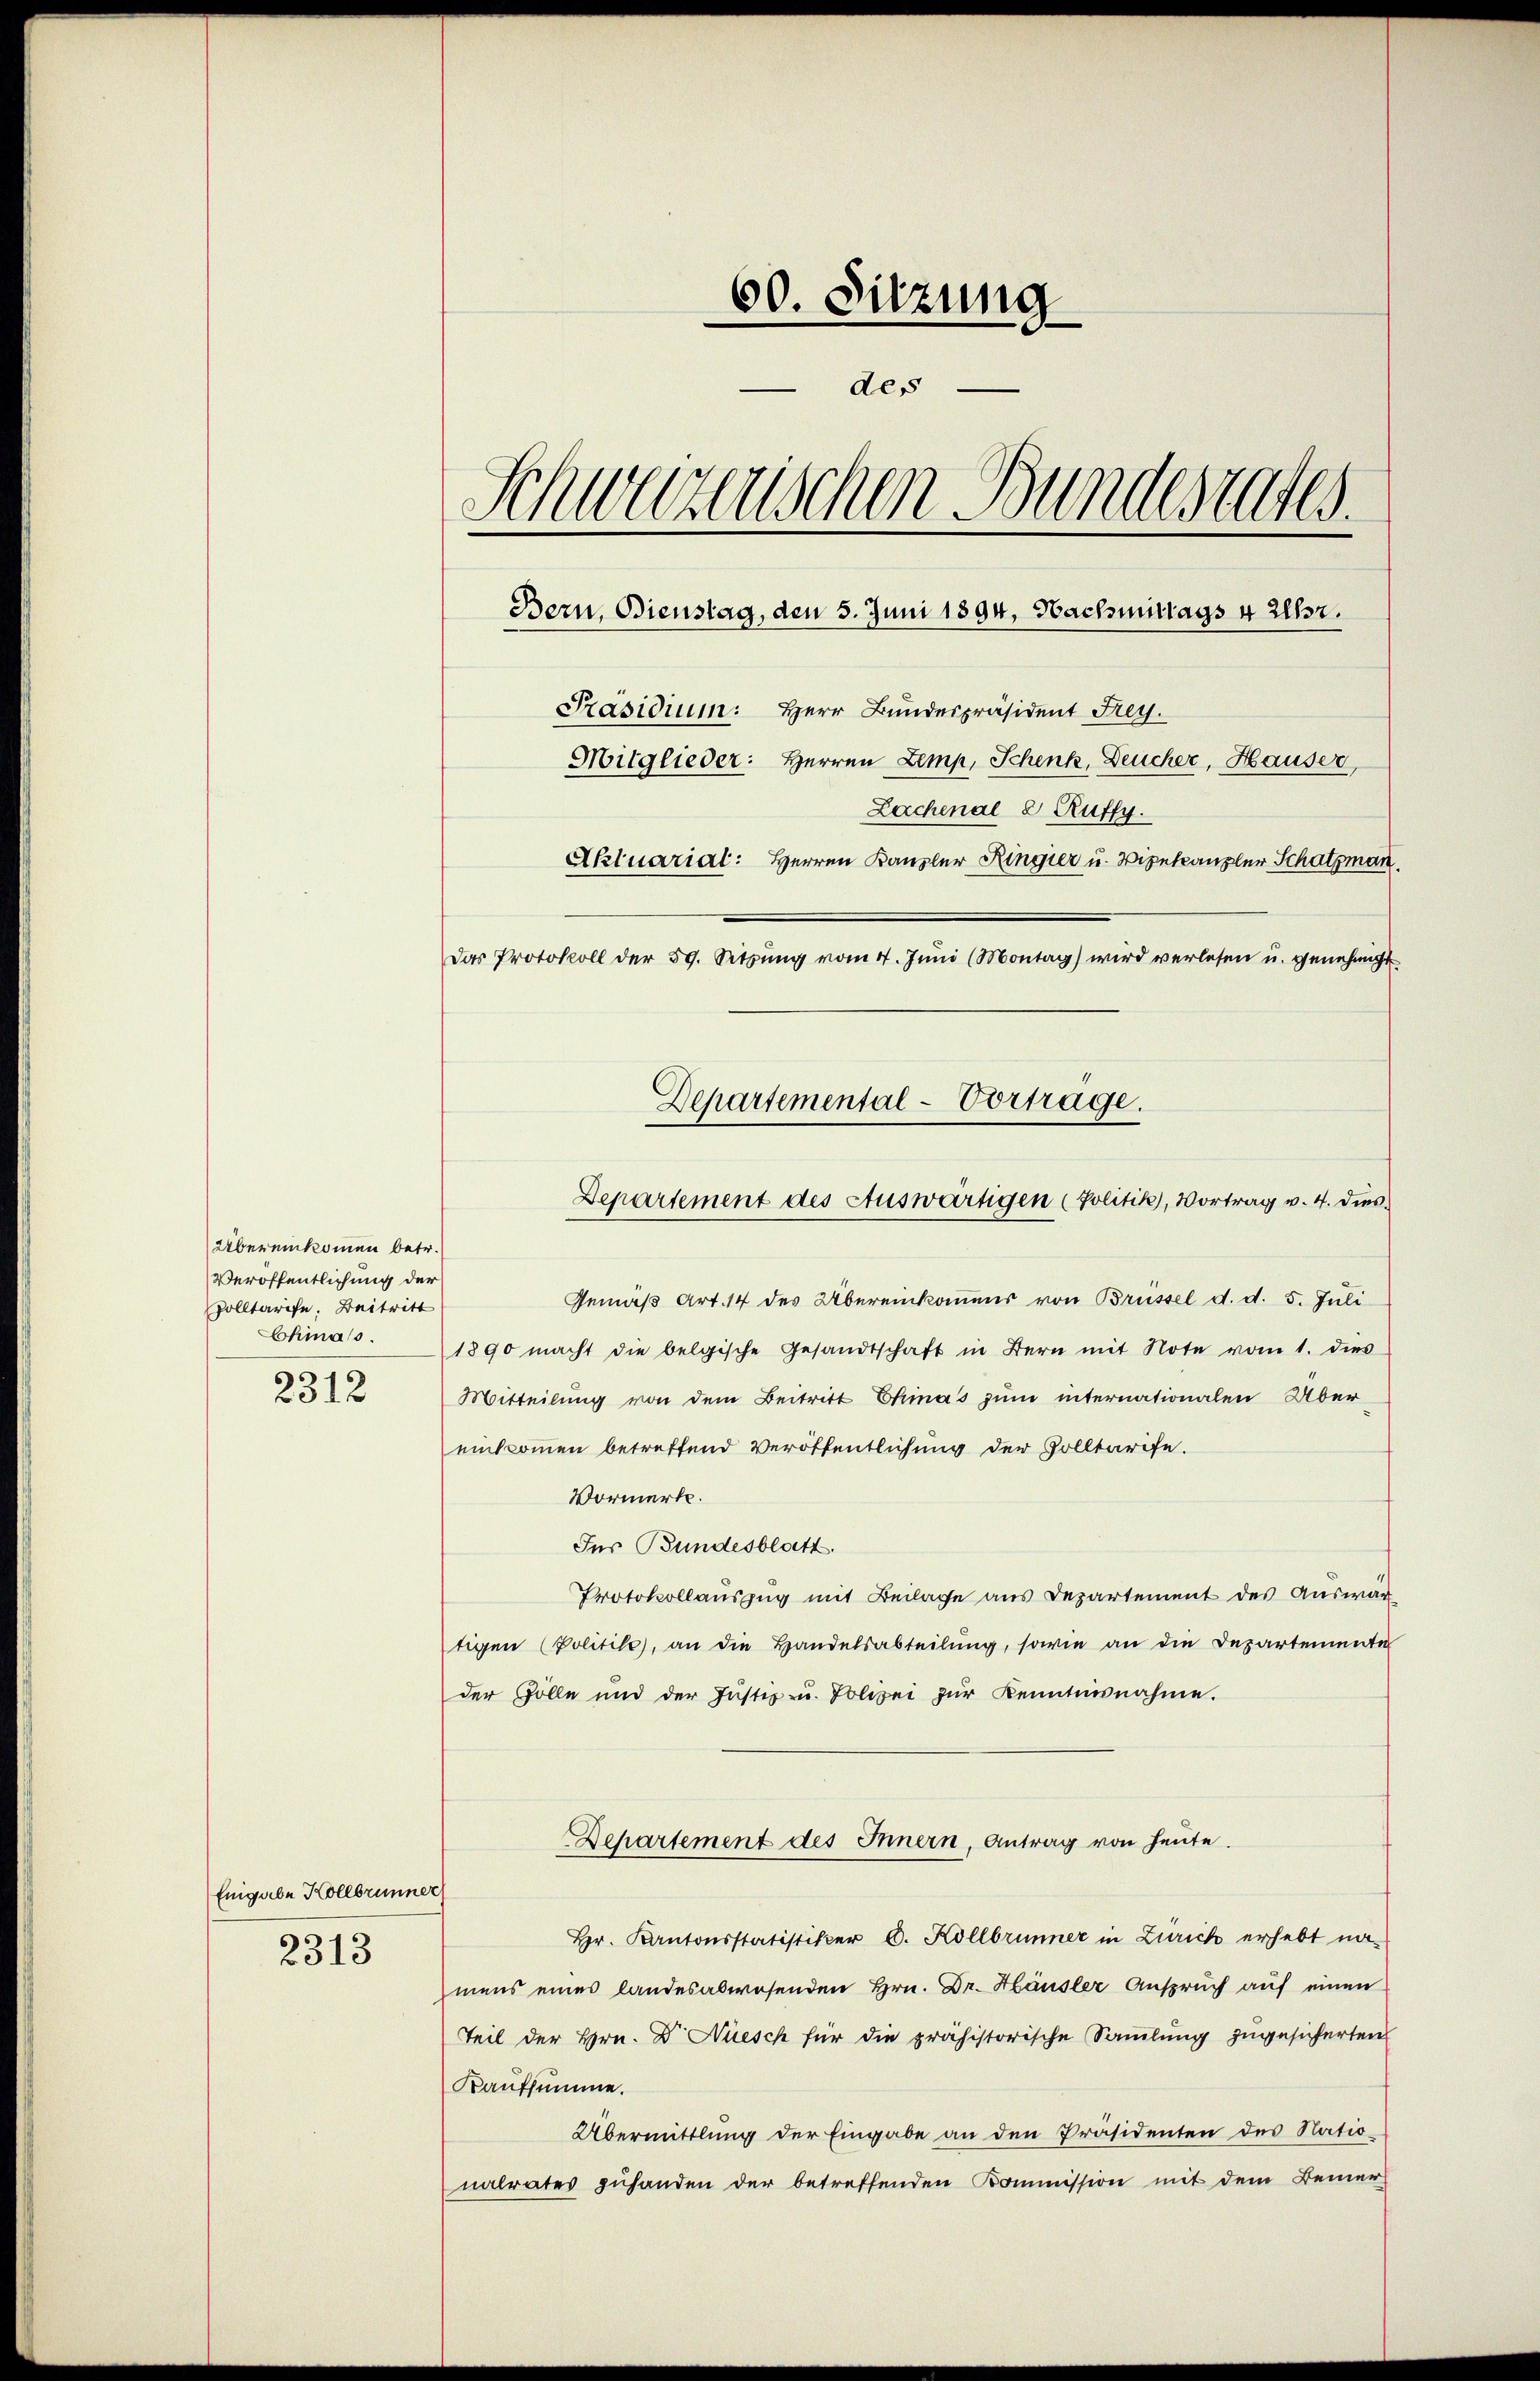
Übereinkommen betr.
Veröffentlichung der
Solltarife. Beitritt
Chiass.
2312

Eingabe Kollbrunner
2313

60. Sitzung
des
Schweizerischen Bundesrates.
Bern, Bienstag, den 5. Juni 1894. Nachmittags 4 Uhr.
Präsidium: Herr Bundespräsident Frey.
Mitglieder: Herren Zemp, Schenk, Deucher, Hauser,
Lachenal 2 Ruffy.
Aktuarial: Herren Kanzler Ringier u. Vizekanzler Schatzman
Das Protokoll der 59. Sitzŭng vom 4. Jŭni (Montag) wird verlesen u. genehmigt

Gemäß Art. 14 des Übereinkommens von Brüssel d. d. 5. Juli
1890 macht die belgische Gesandtschaft in Bern mit Note vom 1. dies
Mitteilung von dem Beitritt Chinas zum internationalen Über
enkommen betreffend Veröffentlichung der Solltarife.
Vormerk.
Jus Bundesblatt.
Protokollauszug mit Beilage aus Departement des Auswartigen (Politik, an die Handelsabteilŭng, sowie an die Departemente
der Zölle und der Justiz u. Polizei zŭr Kenntnisnahme.
Departement des Innern, Antrag von heute.
Hr. Kantonsstatistiker C. Kollbrunner in Zürich erhebt namens eines landesabwesenden Hrn. Dr. Häusler Anspruch auf einen
Teil der Hrn. Dr. Nüsch für die prähistorische Sammlung zugesicherten
Kaufsumme.
Übermittlung der Eingabe an den Präsidenten des Nationalrates zuhanden der betreffenden Kommission mit dem Bemer-

Departemental-Vortrage.
Departement des Auswärtigen (Politik, Vortrag v. 4. dies